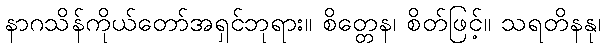
နာဂသိန်ကိုယ်တော်အရှင်ဘုရား။ စိတ္တေန၊ စိတ်ဖြင့်။ သရတိနနု၊